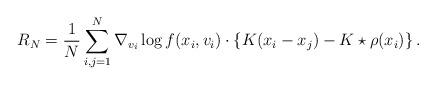
LaTeX: \begin{align*}R_N= \frac{1}{N}\sum_{i, j=1}^N \nabla_{v_i} \log f(x_i, v_i) \cdot \left\{ K(x_i-x_j) -K\star \rho(x_i)\right\}. \end{align*}